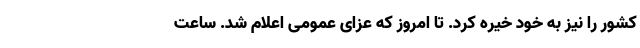
کشور را نیز به خود خیره کرد. تا امروز که عزای عمومی اعلام شد. ساعت